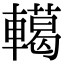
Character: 轕